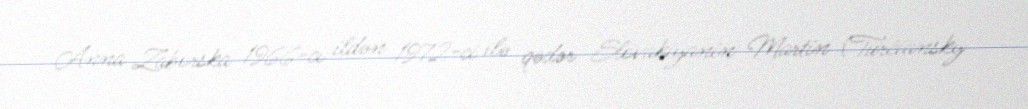
Anna Zaborska 1966-cı ildən 1972-ci ilə qədər Slovakiyanin Martin (Turčiansky